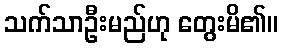
သက်သာဦးမည်ဟု တွေးမိ၏။